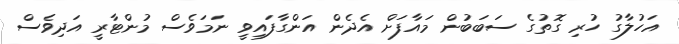
އަހުލާގު ހުރި ގޮތުގެ ސަބަބުން މައާފަށް އެދެން އަންގާފައިވީ ނަމަވެސް މުންޓާރީ އަދިވެސް